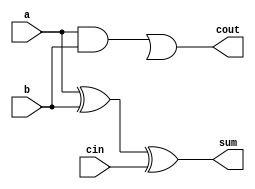
`timescale 1ns / 1ps
//////////////////////////////////////////////////////////////////////////////////
// 
// Design Name: 
// Module Name: adder
// Project Name: MIPS Processor
// Target Devices: 
// Tool Versions: 
// Description: full adder apart of the ALU component of the MIPS processor
// 
// Dependencies: 
// 
// Revision:
// Revision 0.01 - File Created
// Additional Comments:
// 
//////////////////////////////////////////////////////////////////////////////////


    module adder(
    input a,
    input b,
    input cin,
    output cout,
    output sum
    );
    
    //sum = a xor b xor cin
    xor #(50) (sum,a,b,cin);
    
    //carry out = a*b+cin*(a+B)
    and #(50) and1(c1,a,b);
    or #(50) or1(c2,a,b);
    or #(50) or2(cout,c1,c3);
  
endmodule